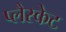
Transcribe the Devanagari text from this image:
प्लैस्केट